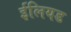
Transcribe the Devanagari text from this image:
ईलियड